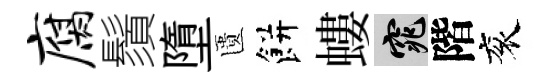
腐鬚墮匱餅螻窕階衮